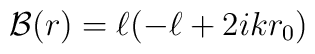
{\cal B} (r) =  \ell (-\ell + 2ikr_0)